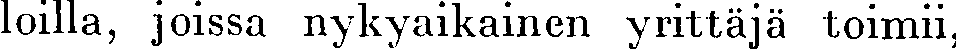
loilla, joissa nykyaikainen yrittäjä toimii,